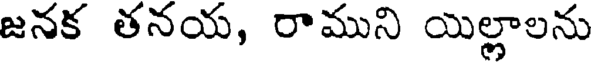
జనక తనయ, రాముని యిల్లాలను